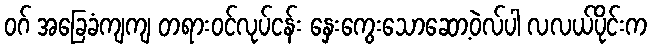
ဝဂ် အခြေခံကျကျ တရားဝင်လုပ်ငန်း နှေးကွေးသောဆော့ဝဲလ်ပါ လလယ်ပိုင်းက